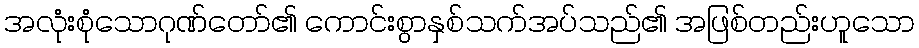
အလုံးစုံသောဂုဏ်တော်၏ ကောင်းစွာနှစ်သက်အပ်သည်၏ အဖြစ်တည်းဟူသော